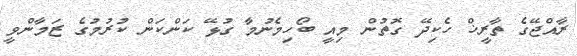
ރާއްޖޭގެ ތާރީޚް ހެކިދޭ ގޮތުން މިއީ ބޯހިމެނުމާ ގުޅޭ ކަންކަން ކުރުމުގެ ޒަމާންވީ